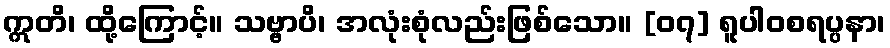
ဣတိ၊ ထို့ကြောင့်။ သဗ္ဗာပိ၊ အလုံးစုံလည်းဖြစ်သော။ [၀၇] ရူပါဝစရပ္ပနာ၊